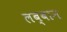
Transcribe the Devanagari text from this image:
लब्बान